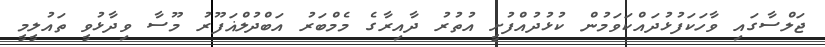
ޖަލްސާގައި ވާހަކަފުޅުދައްކަވަމުން ކުޅުދުއްފުށީ އުތުރު ދާއިރާގެ މެމްބަރު އަބްދުލްޣަފޫރު މޫސާ ވިދާޅުވީ ތައުލީމީ